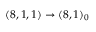
( 8 , 1 , 1 ) \rightarrow ( 8 , 1 ) _ { 0 }